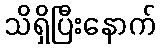
သိရှိပြီးနောက်